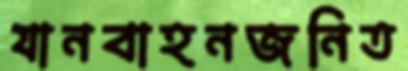
যানবাহনজনিত